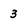
Character: 3